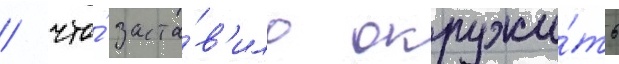
/ что́ заста́в'ило окружи́ть